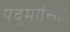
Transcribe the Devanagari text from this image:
पद्‌मासिंह